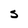
Character: s